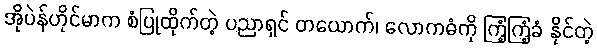
အိုပဲန်ဟိုင်မာက စံပြုထိုက်တဲ့ ပညာရှင် တယောက်၊ လောကဓံကို ကြံ့ကြံ့ခံ နိုင်တဲ့